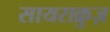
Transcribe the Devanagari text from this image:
सायराक्रुज़